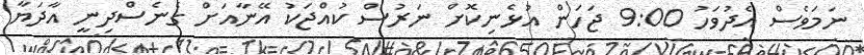
ނަމަވެސް އެދުވަހު 9:00 ޖަހަން އުޅެނިކޮށް ނަރުސް ކުއްޖަކު އޭނާއަށް ގެނެސްދިނީ އާދަޔާ